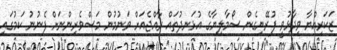
ޒަކަރިއްޔާ ވިދާޅުވީ ފުރޭނިގެން ސޯމާލިޔާގެ އުޅަނދުތައް ރާއްޖެއަށް ވަނުމުން މަސްވެރިންނަށް ފެނުނު ކަމުގައި